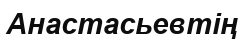
Анастасьевтің